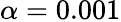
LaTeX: \alpha=0.001